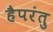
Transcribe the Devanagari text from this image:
हैपरंतु